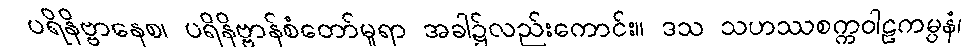
ပရိနိဗ္ဗာနေစ၊ ပရိနိဗ္ဗာန်စံတော်မူရာ အခါ၌လည်းကောင်း။ ဒသ သဟဿစက္ကဝါဠကမ္ပနံ၊